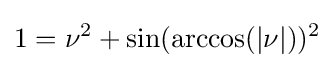
1=\nu ^{2}+\sin(\arccos(|\nu |))^{2}